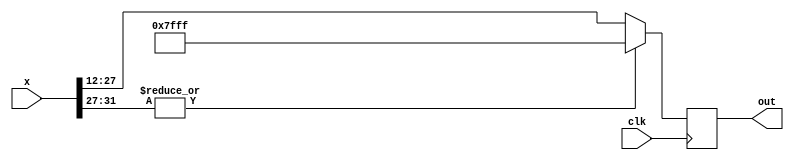
module Regression  #(parameter dataWidth=16,weightIntWidth=4) (
    input           clk,
    input   [2*dataWidth-1:0]   x,
    output  reg [dataWidth-1:0]  out
);


always @(posedge clk)
begin
    if(|x[2*dataWidth-1-:weightIntWidth+1]) //over flow to sign bit of integer part  ---- numOfInputBits > numOfOutputBits
            out <= {1'b0,{(dataWidth-1){1'b1}}}; //positive saturate
        else
            out <= x[2*dataWidth-1-weightIntWidth-:dataWidth];     
end

endmodule